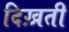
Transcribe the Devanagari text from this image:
दिख़ती